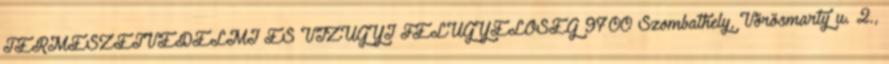
TERMÉSZETVÉDELMI ÉS VÍZÜGYI FELÜGYELŐSÉG 9700 Szombathely, Vörösmarty u. 2.,